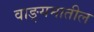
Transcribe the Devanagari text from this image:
वाङ्यमातील